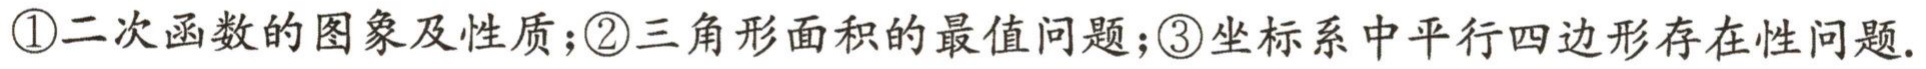
\textcircled{1}二次函数的图象及性质;\textcircled{2}三角形面积的最值问题;\textcircled{3}坐标系中平行四边形存在性问题.